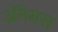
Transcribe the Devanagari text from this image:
अॅनेयस